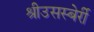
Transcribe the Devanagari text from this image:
श्रीउसस्बेर्री